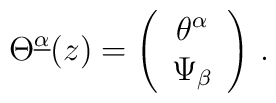
\Theta^{\underline\alpha}(z)=\left(\begin{array}{c}\theta^\alpha \\\Psi_\beta\end{array}\right)\,.